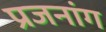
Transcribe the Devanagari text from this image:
प्रजनांग